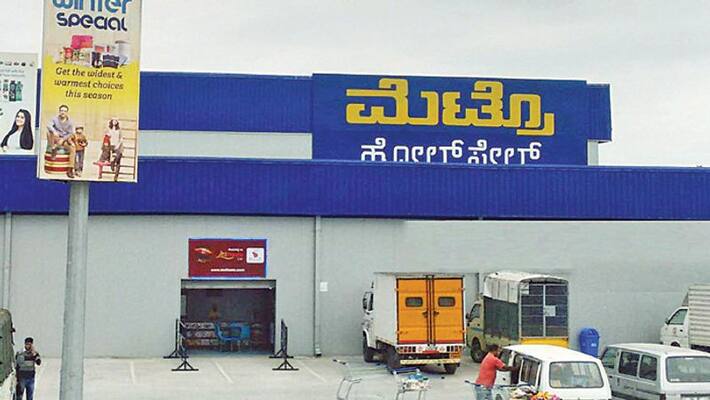
Language: kannada
Transcription: ಮೆಟ್ರೊ